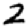
Digit: 2